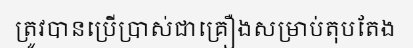
ត្រូវបានប្រើប្រាស់ជាគ្រឿងសម្រាប់តុបតែង